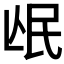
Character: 𭯰